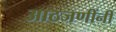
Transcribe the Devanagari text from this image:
आठजणींनी